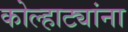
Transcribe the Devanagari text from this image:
कोल्हाट्यांना